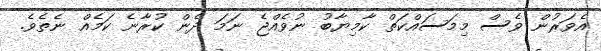
އެވަރުން ވެސް މިމަސައްކަތް ކާމިޔާބު ނުވެއްޖެ ނަމަ ދެން ކުރާނެ ކަމެއް ނެތެވެ.